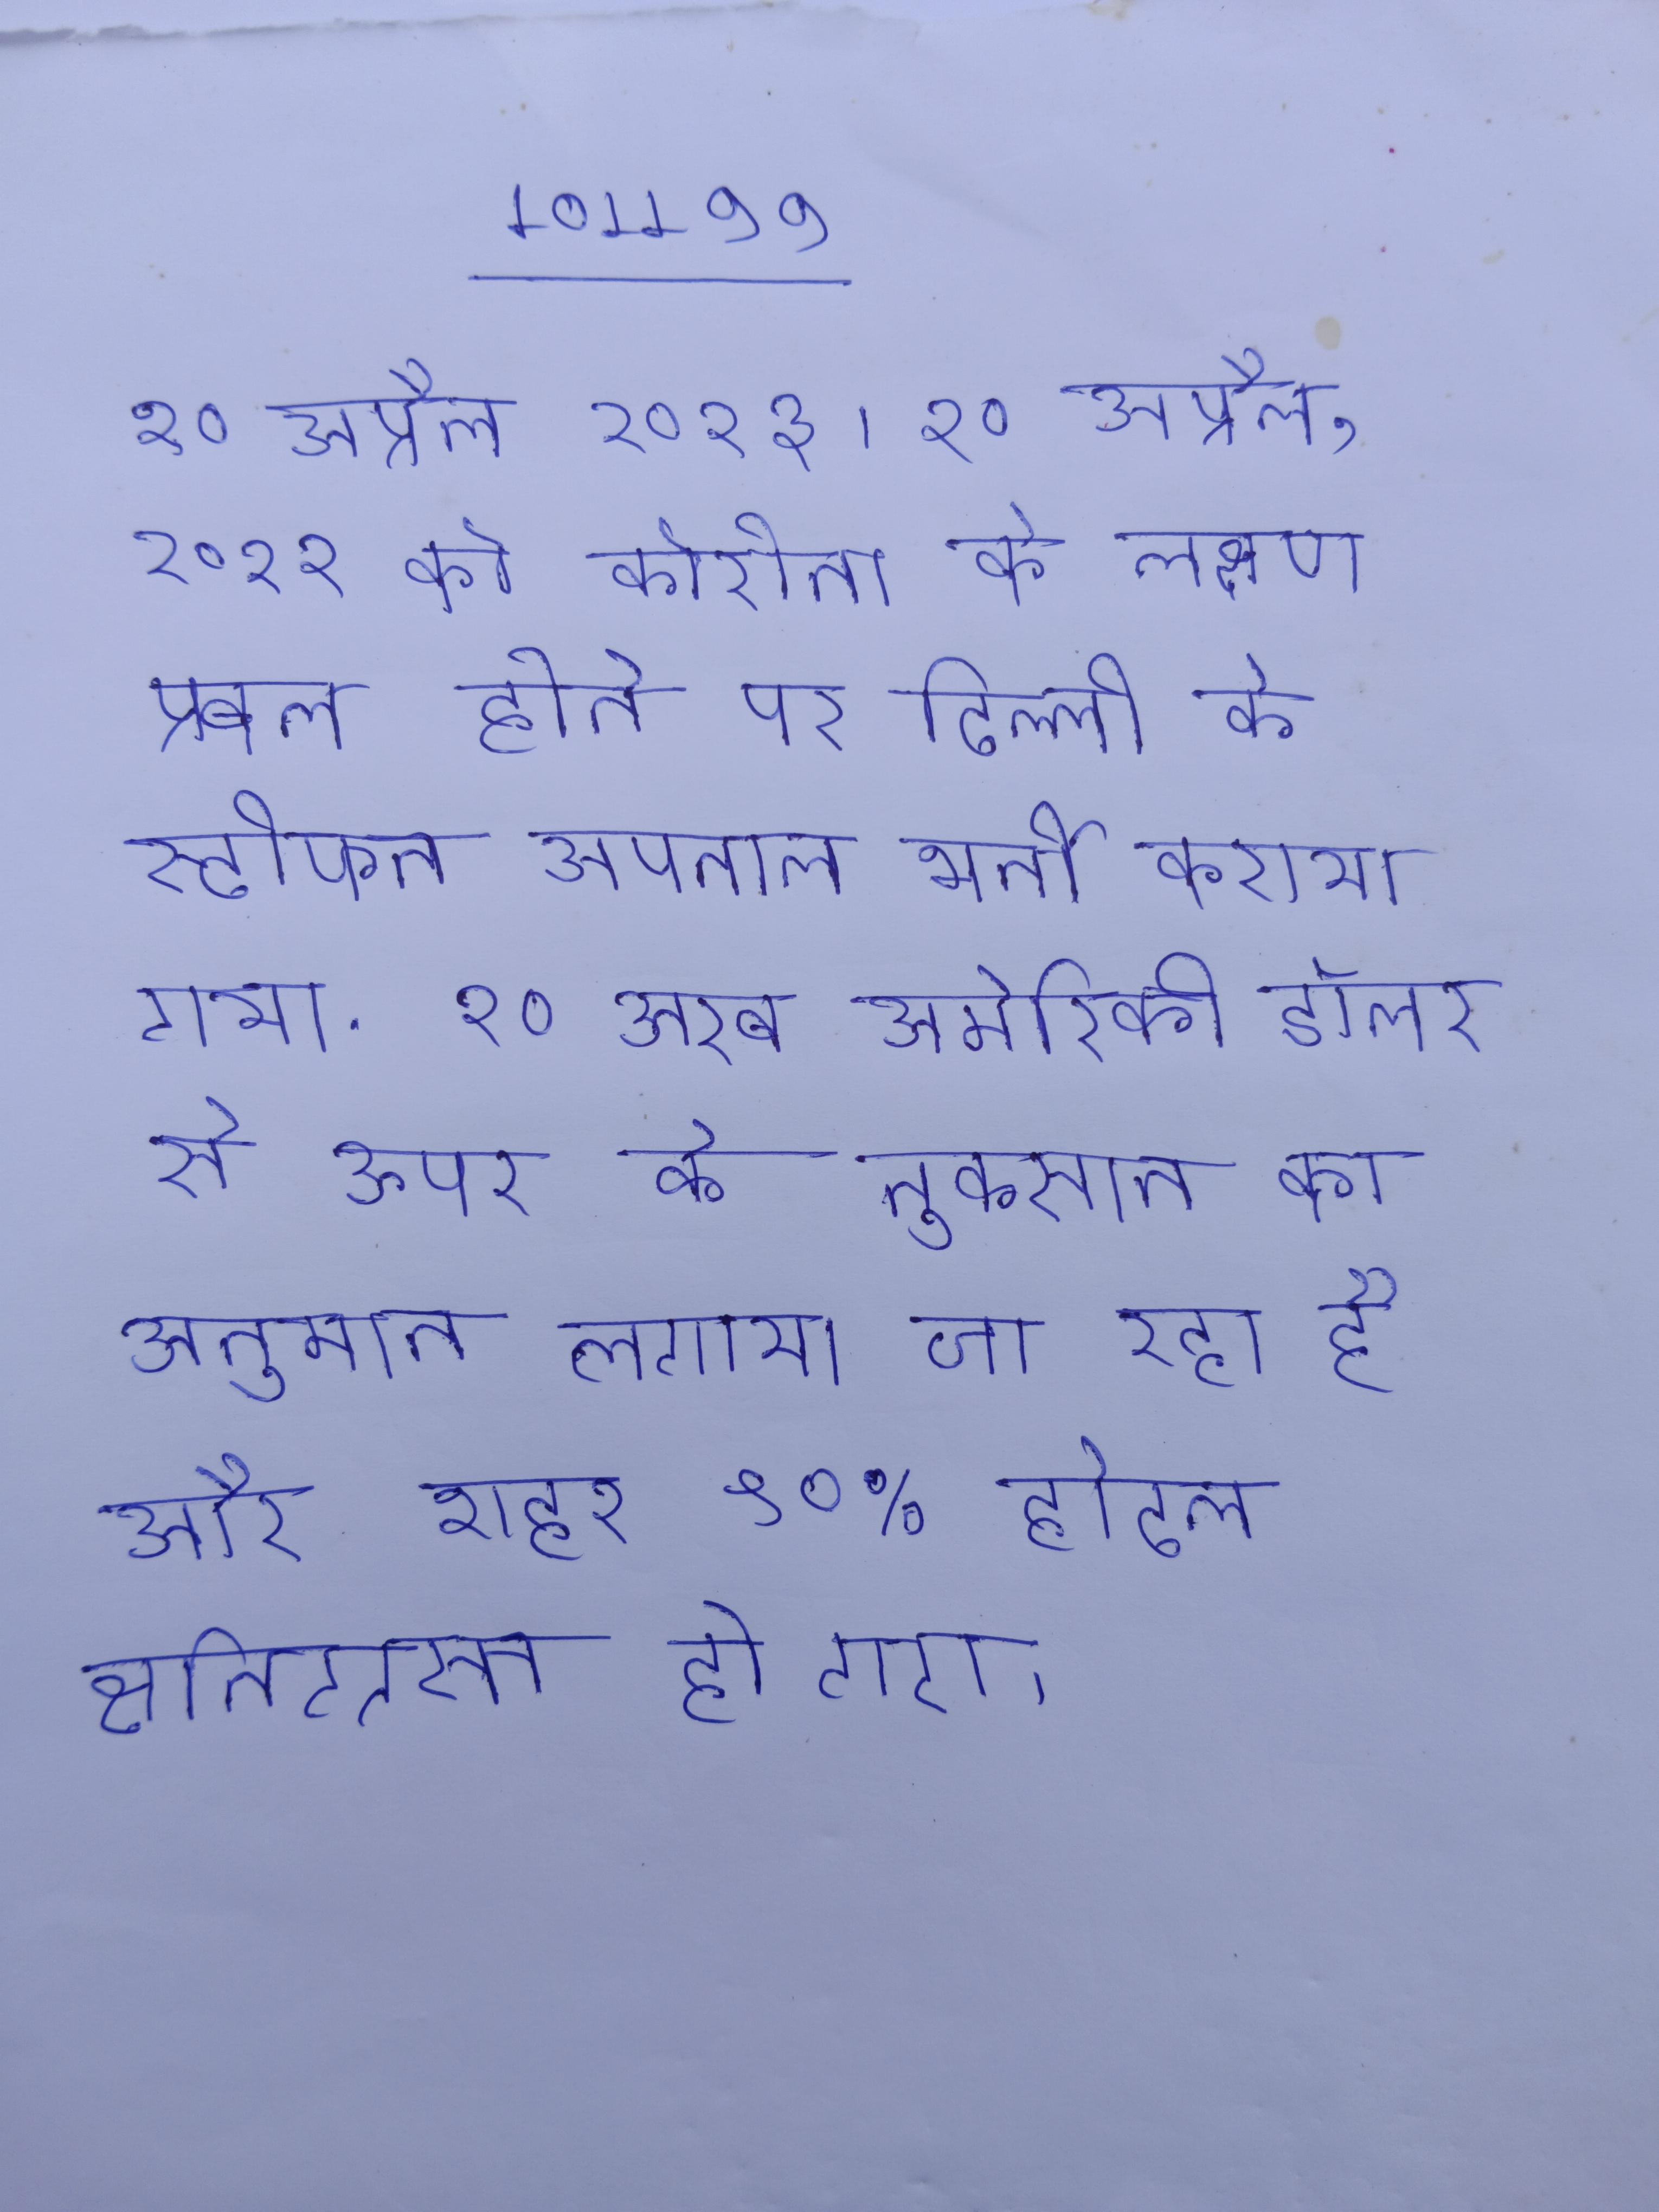
१० अप्रैल २०१३ । १० अप्रैल, २०२१ को कोरोना के लक्षण प्रबल होने पर दिल्ली के स्टीफन अपताल भर्ती कराया गया . १० अरब अमेरिकी डॉलर से ऊपर के नुकसान का अनुमान लगाया जा रहा है और शहर ९०% होटल क्षतिग्रस्त हो गए ।